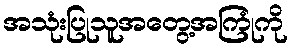
အသုံးပြုသူအတွေ့အကြုံကို